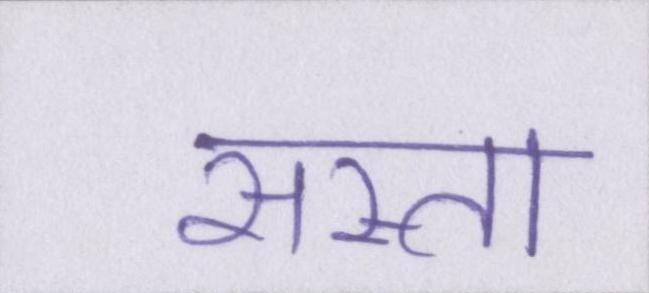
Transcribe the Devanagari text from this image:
सस्ता